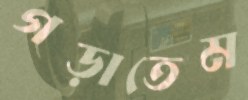
গড়াতেম